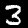
Label: 3